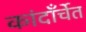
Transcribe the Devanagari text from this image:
कांदाँर्चेत